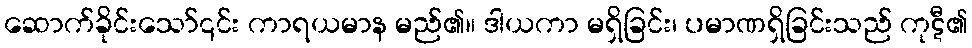
ဆောက်ခိုင်းသော်၎င်း ကာရယမာန မည်၏။ ဒါယကာ မရှိခြင်း၊ ပမာဏရှိခြင်းသည် ကုဋီ၏